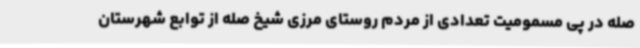
صله در پی مسمومیت تعدادی از مردم روستای مرزی شیخ صله از توابع شهرستان